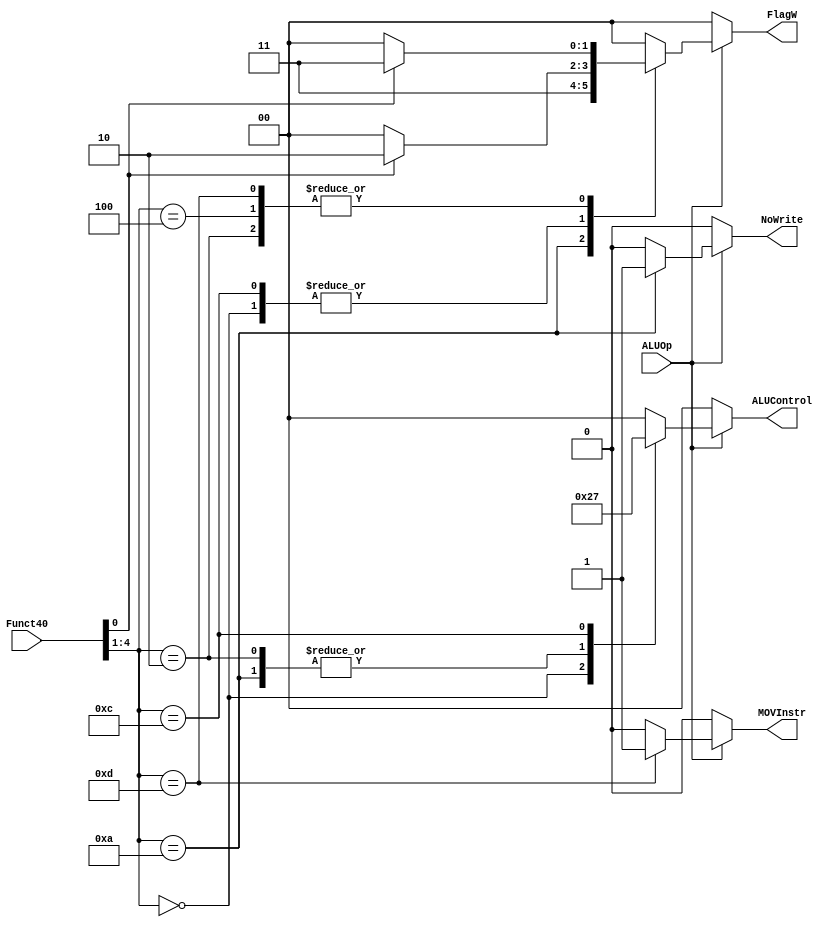
`timescale 1ns / 1ps
//////////////////////////////////////////////////////////////////////////////////
// Company: 
// Engineer: 
// 
// Design Name: 
// Module Name:    ALU_Decoder 
// Project Name: 
// Target Devices: 
// Tool versions: 
// Description: 
//
// Dependencies: 
//
// Revision: 
// Revision 0.01 - File Created
// Additional Comments: 
//
//////////////////////////////////////////////////////////////////////////////////
module ALU_Decoder(
    input [4:0] Funct40,
    input ALUOp,
    output reg [1:0] ALUControl,
    output reg [1:0] FlagW,
	 output reg NoWrite,
	 output reg MOVInstr
    );
	 
	 initial begin
	 ALUControl = 0;
	 FlagW = 0;
	 NoWrite = 0;
	 MOVInstr = 0;
	 end
	 
	 always @*
		begin
			if(ALUOp == 1)
				begin
					case(Funct40[4:1])
						4'b0000 : //AND
							begin
								ALUControl = 2;
								NoWrite = 0;
								MOVInstr = 0;
								if(Funct40[0] == 0)
										FlagW = 0;
								else
										FlagW = 2;
							end
						4'b0010 : //SUB
							begin
								ALUControl = 1;
								NoWrite = 0;
								MOVInstr = 0;
								if(Funct40[0] == 0)
										FlagW = 0;
								else
										FlagW = 3;
							end
						4'b0100 : //ADD
							begin
								ALUControl = 0;
								NoWrite = 0;
								MOVInstr = 0;
								if(Funct40[0] == 0)
										FlagW = 0;
								else
										FlagW = 3;
							end
						4'b1010 : //CMP
							begin
								ALUControl = 1;
								NoWrite = 1;
								FlagW = 3;
								MOVInstr = 0;
							end
						4'b1100 : //ORR
							begin
								ALUControl = 3;
								NoWrite = 0;
								MOVInstr = 0;
								if(Funct40[0] == 0)
										FlagW = 0;
								else
										FlagW = 2;
							end
						4'b1101 : //MOV //Shift
							begin
								ALUControl = 0;
								NoWrite = 0;
								MOVInstr = 1;
								if(Funct40[0] == 0)
										FlagW = 0;
								else
										FlagW = 3;
							end
						default :
							begin
								ALUControl = 0;
								FlagW = 0;
								NoWrite = 0;
								MOVInstr = 0;
							end
					endcase
				end
			else
				begin
					ALUControl = 0;
					FlagW = 0;
					NoWrite = 0;
					MOVInstr = 0;
				end
		end


endmodule